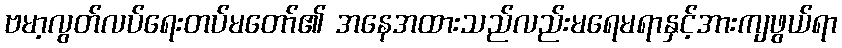
ဗမာ့လွတ်လပ်ရေးတပ်မတော်၏ အနေအထားသည်လည်းမရေမရာနှင့်အားကျဖွယ်ရာ